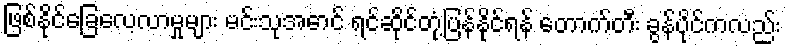
ဖြစ်နိုင်ခြေလေ့လာမှုများ မင်းသုအောင် ရင်ဆိုင်တုံ့ပြန်နိုင်ရန် တောက်တီး ခွန်ပိုင်ကလည်း